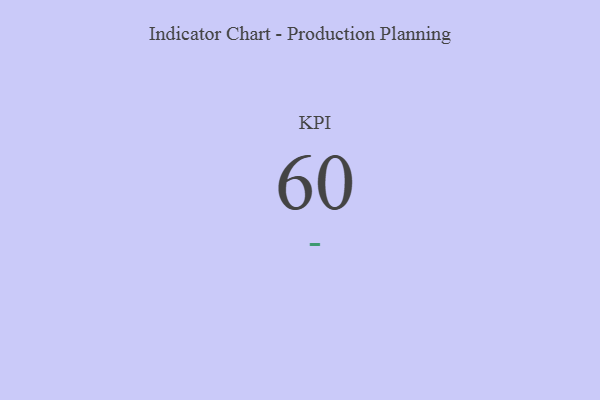
{"axis": {"x": "KPI", "y": "Value"}, "legend": [""], "data": [{"x": "KPI", "y": 60, "type": ""}]}